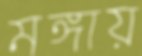
মঙ্গায়